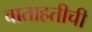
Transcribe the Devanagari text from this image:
वाताहतीची